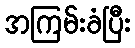
အကြမ်းခံပြီး